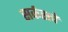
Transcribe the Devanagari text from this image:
सर्कसचे